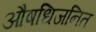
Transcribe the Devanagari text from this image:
औषधिजनित